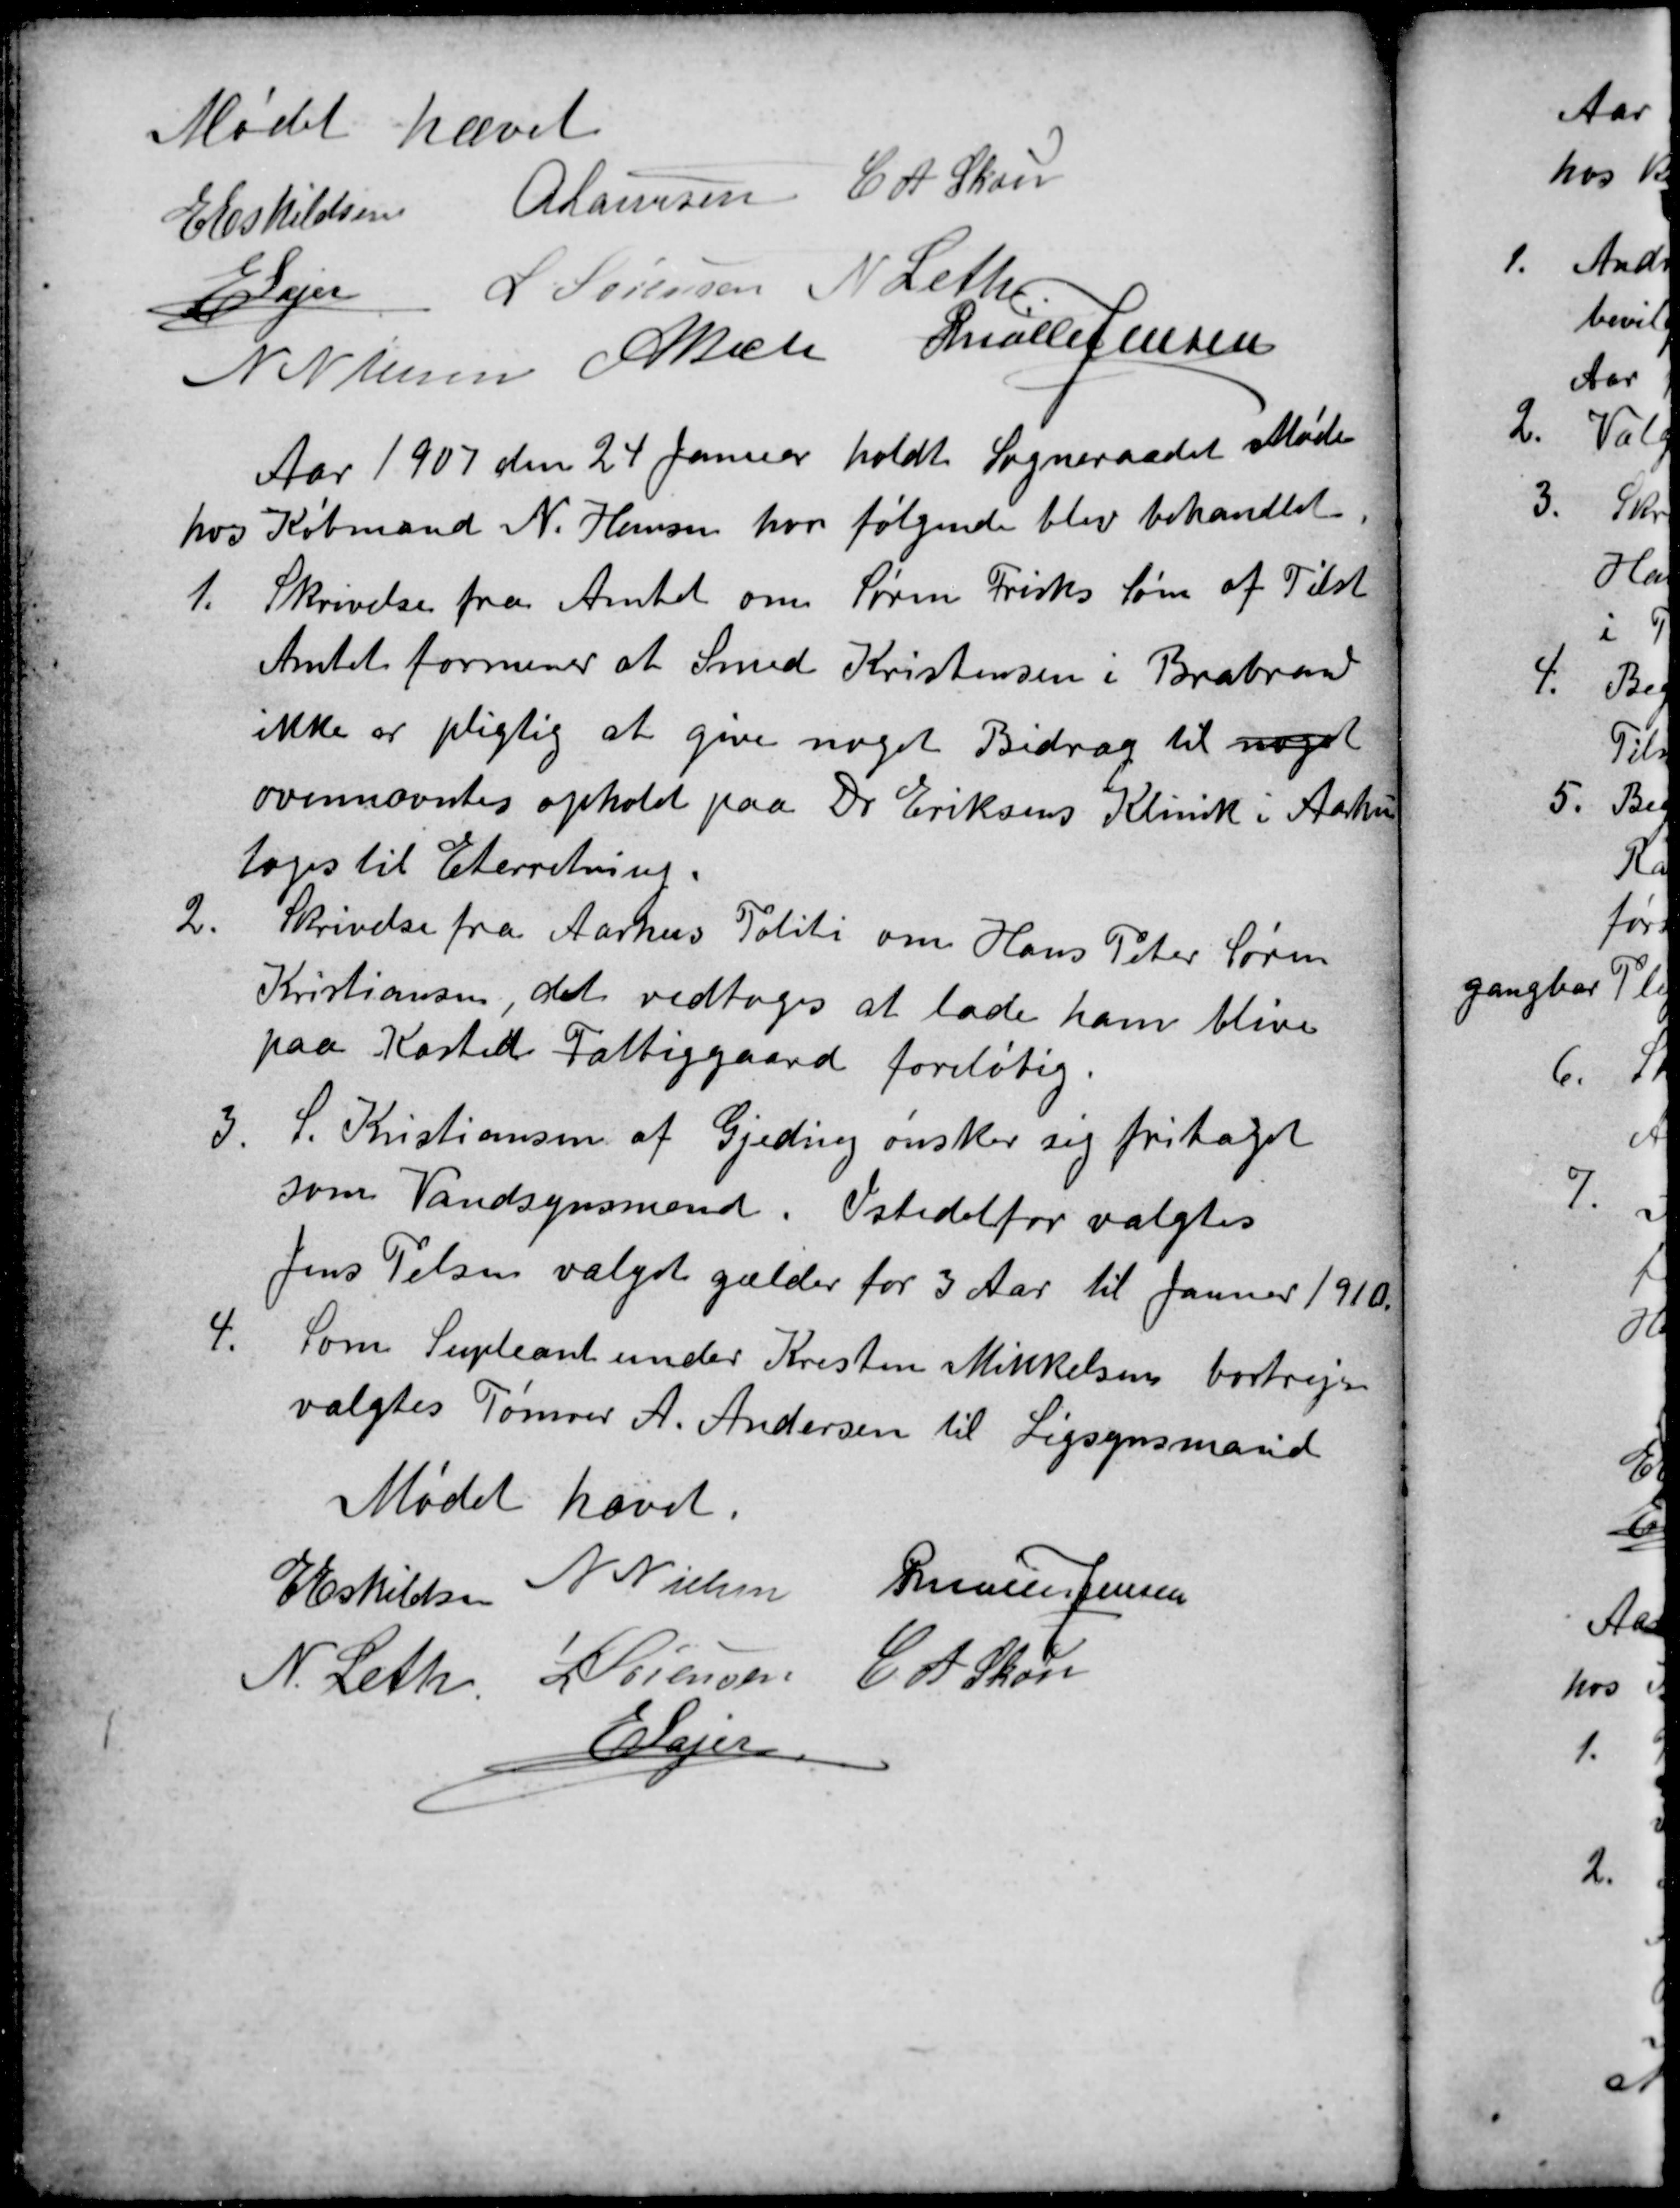
Transskription:
Mødet hævet
E Eskildsen
A Laursen
C A Skou
E Lajer
L Sørensen
N Nielsen
A Bech
N Nielsen A Bech P Møller Jensen
Aar 1907 den 24 Januar holdt Sogneraadet Møde
hos Købmand N. Hansen, hvor følgende blev behandlet.
1.
Skrivelse fra Amtet om Søren Frisks Søn af Tilst
Amtet formener at Smed Kristensen i Brabrand
ikke er pligtig at give noget Bidrag til noget
ovennævntes ophold paa Dr Eriksens Klinik i Aarhus
toges til Eterretning.
2.
Skrivelse fra Aarhus Politi om Hans Peter Søren
Kristiansen, det vedtoges at lade ham blive
paa Kasted Fattiggaard foreløbig.
3.
S. Kristiansen af Gjeding ønsker sig fritaget
som Vandsynsmand. Istedetfor valgtes
Jens Pelsen valget gælder for 3 Aar til Januar 1910.
4.
Som Supleant under Kresten Mikkelsens bortrejse
valgtes Tømrer A. Andersen til Ligsynsmand
Mødet hævet.
E Eskildsen
N Nielsen
P Møller Jensen
N. Leth
L Sørensen
C A Skou
E Lajer.